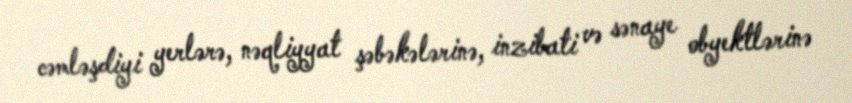
cəmləşdiyi yerlərə, nəqliyyat şəbəkələrinə, inzibati və sənaye obyektlərinə